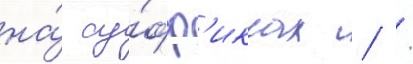
на́ су́фф'иксах / /